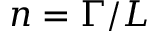
n = \Gamma / L